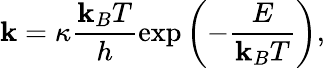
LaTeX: \mathbf{k}=\kappa\frac{{\mathbf{k}_{B}T}}{{h}}\exp\left(-\frac{{E}}{{\mathbf{k}_{B}T}}\right),